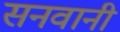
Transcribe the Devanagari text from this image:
सनवानी